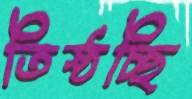
তিষ্ঠচ্ছি